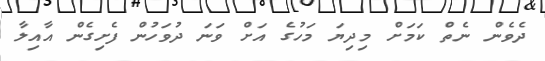
ދެވެން ނެތް ކަމަށް މިދިޔަ މަހުގެ އަށް ވަނަ ދުވަހުން ފެށިގެން އާއިލާ